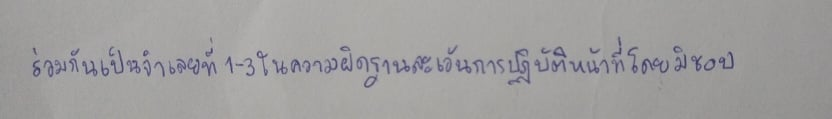
ร่วมกันเป็นจำเลยที่1-3ในความผิดฐานละเว้นการปฏิบัติหน้าที่โดยมิชอบ